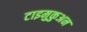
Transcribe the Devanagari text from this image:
टाइमुकुअन